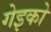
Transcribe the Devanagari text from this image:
गेइको